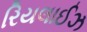
રિયલાઈઝ